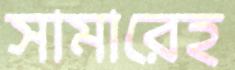
সামারেহ